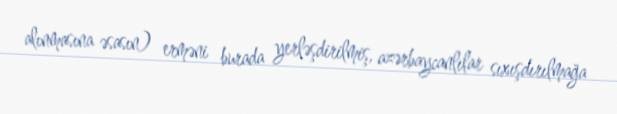
alınmasına əsasın) erməni burada yerləşdirilmiş, azərbaycanlılar sıxışdırılmağa